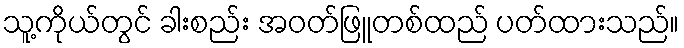
သူ့ကိုယ်တွင် ခါးစည်း အဝတ်ဖြူတစ်ထည် ပတ်ထားသည်။